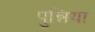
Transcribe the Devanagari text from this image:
पुन्निया